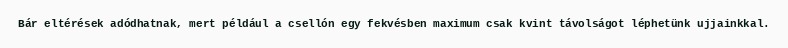
Bár eltérések adódhatnak, mert például a csellón egy fekvésben maximum csak kvint távolságot léphetünk ujjainkkal.